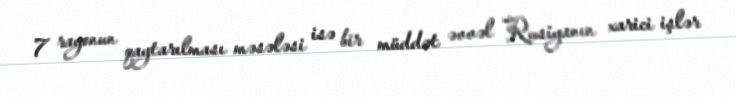
7 rayonun qaytarılması məsələsi isə bir müddət əvvəl Rusiyanın xarici işlər